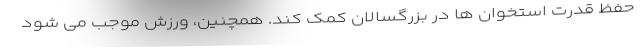
حفظ قدرت استخوان ها در بزرگسالان کمک کند. همچنین، ورزش موجب می شود